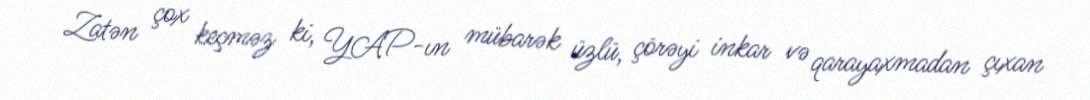
Zatən çox keçməz ki, YAP-ın mübarək üzlü, çörəyi inkar və qarayaxmadan çıxan